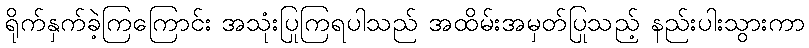
ရိုက်နှက်ခဲ့ကြကြောင်း အသုံးပြုကြရပါသည် အထိမ်းအမှတ်ပြုသည့် နည်းပါးသွားကာ